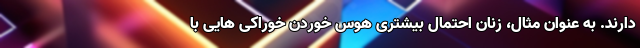
دارند. به عنوان مثال، زنان احتمال بیشتری هوس خوردن خوراکی هایی با